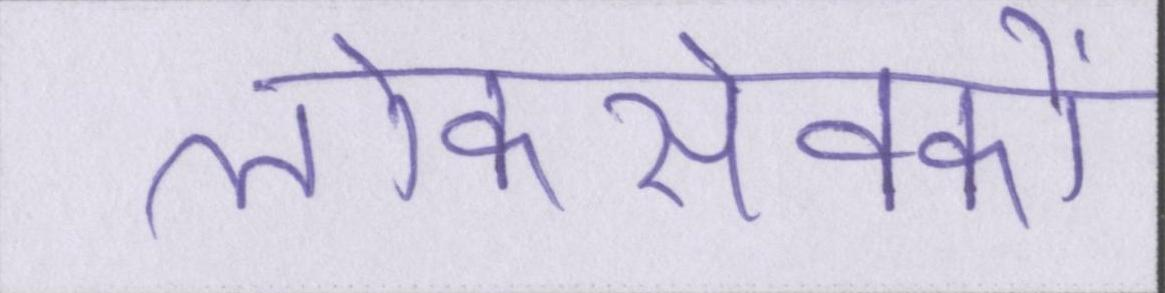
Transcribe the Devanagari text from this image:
लोकसेवकों